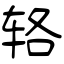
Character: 辂